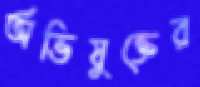
অভিযুক্তের